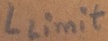
Text: Llimit